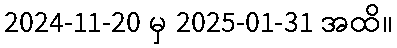
2024-11-20 မှ 2025-01-31 အထိ။